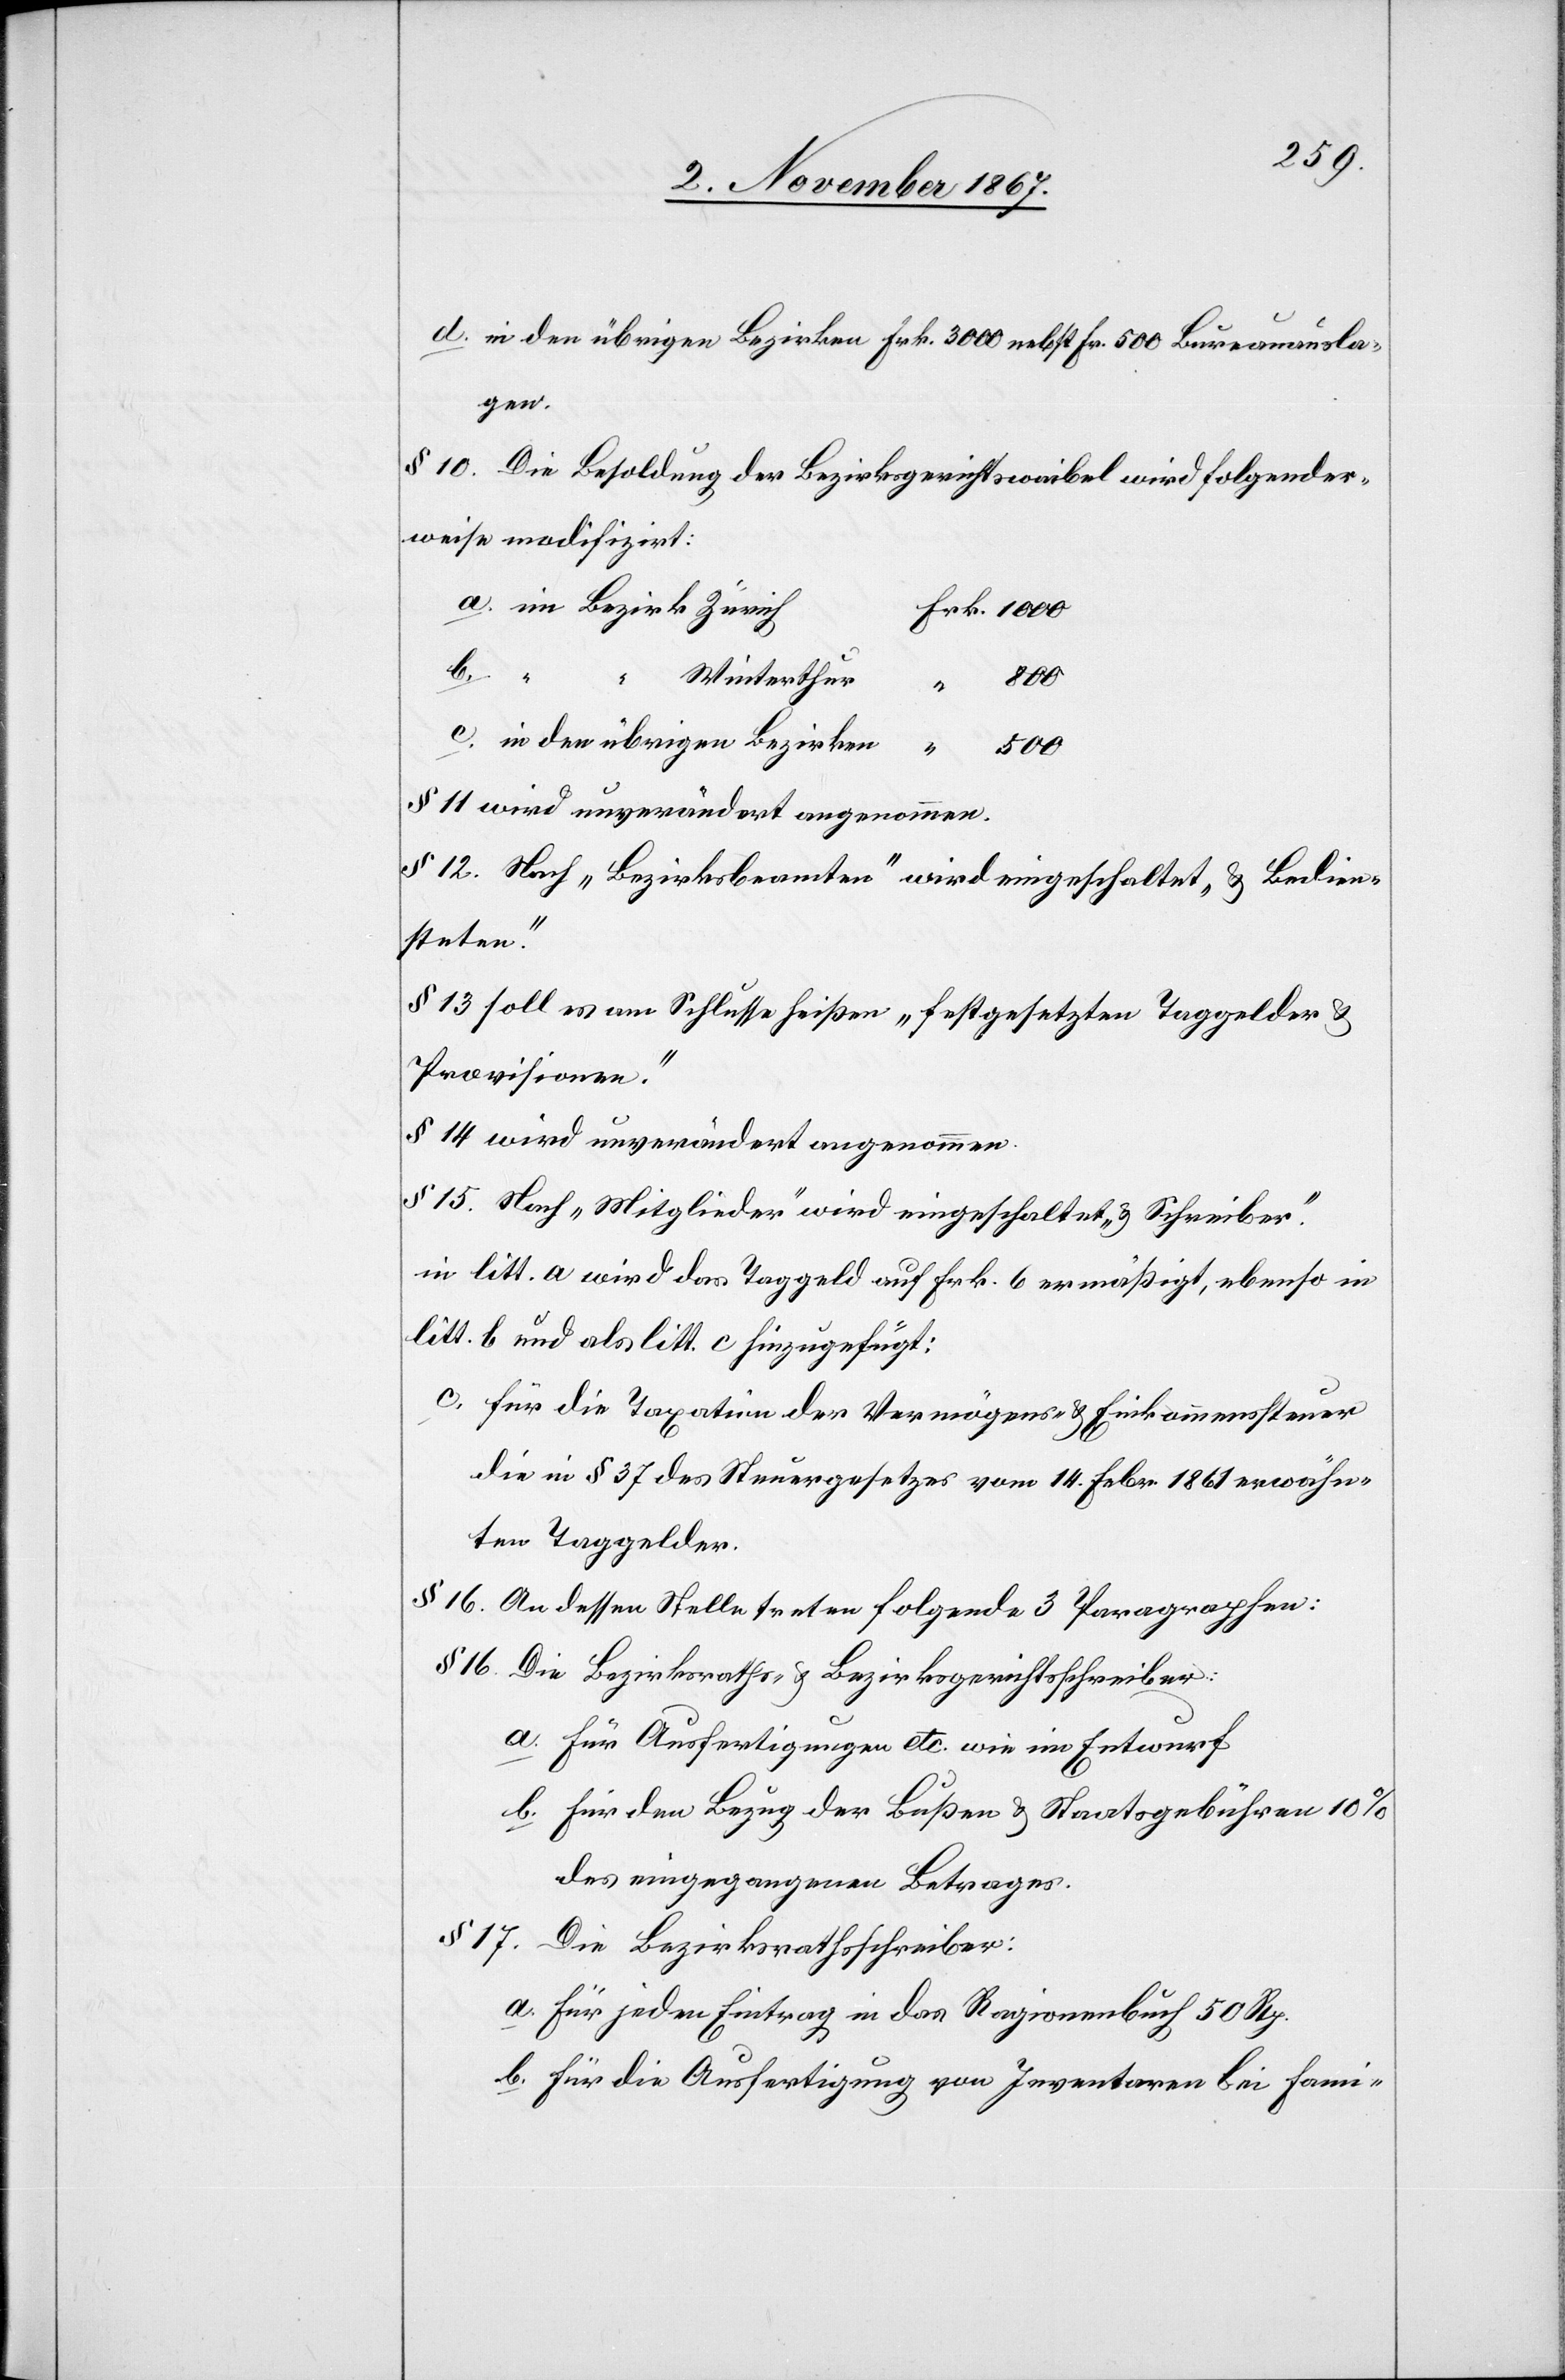
§ 10. Die Besoldung der Bezirksgerichtswaibel wird folgender¬
weise modifizirt:
b.
Winterthur
c.
in den übrigen Bezirken
“
500
§ 11 wird unverändert angenommen.
§ 12 Nach „Bezirksbeamten“ wird eingeschaltet „u. Bedien¬
steten.“
§ 13 soll es am Schlusse heißen „festgesetzten Taggelder u.
Provisionen.“
§ 14 wird unverändert angenommen.
§ 14 Nach „Mitglieder“ wird eingeschaltet „u. Schreiber.“
in litt. a wird das Taggeld auf Frk. 6 ermäßigt, ebenso in
litt. b und als litt. c hinzugefügt:
c. für die Taxation der Vermögens- u. Einkommenssteuer
die in § 37 des Steuergesetzes vom 14. Febr 1861 erwähn¬
ten Taggelder.
§ 16. An dessen Stelle treten folgende 3 Paragraphen:
§ 16. Die Bezirksraths- u. Bezirksgerichtsschreiber:
a. für Ausfertigungen etc. wie im Entwurf
b. für den Bezug der Bußen u. Staatsgebühren 10 %
des eingegangenen Betrages.
§ 17. Die Bezirksrathsschreiber:
a. für jeden Eintrag in das Ragionenbuch 50 Rp.
b. für die Ausfertigung von Inventaren bei Fami-